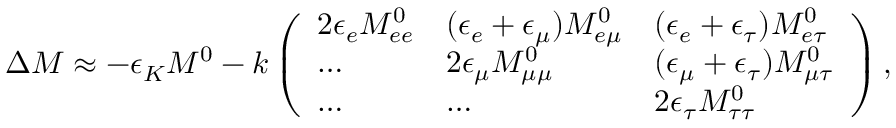
\Delta M \approx - \epsilon _ { K } M ^ { 0 } - k \left( \begin{array} { l l l } { { 2 \epsilon _ { e } M _ { e e } ^ { 0 } } } & { { ( \epsilon _ { e } + \epsilon _ { \mu } ) M _ { e \mu } ^ { 0 } } } & { { ( \epsilon _ { e } + \epsilon _ { \tau } ) M _ { e \tau } ^ { 0 } } } \\ { { \dots } } & { { 2 \epsilon _ { \mu } M _ { \mu \mu } ^ { 0 } } } & { { ( \epsilon _ { \mu } + \epsilon _ { \tau } ) M _ { \mu \tau } ^ { 0 } } } \\ { { \dots } } & { { \dots } } & { { 2 \epsilon _ { \tau } M _ { \tau \tau } ^ { 0 } } } \end{array} \right) ,